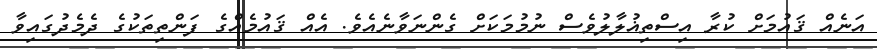
އަނެއް ޤައުމަށް ކުރާ އިސްތިޣުލާލުވެސް ނުމުމަކަށް ގެންނަވާނެއެވެ. އެއް ޤައުމެއްގެ ފަންތިތަކުގެ ދެމެދުގައިވާ